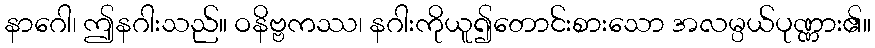
နာဂေါ၊ ဤနဂါးသည်။ ဝနိဗ္ဗကဿ၊ နဂါးကိုယူ၍တောင်းစားသော အလမ္ပယ်ပုဏ္ဏား၏။